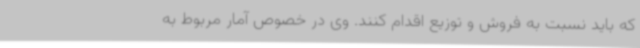
که باید نسبت به فروش و توزیع اقدام کنند. وی در خصوص آمار مربوط به